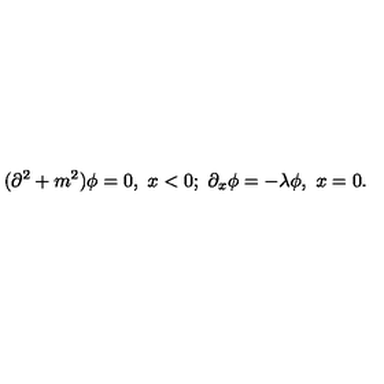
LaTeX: ( \partial ^ { 2 } + m ^ { 2 } ) \phi = 0 , \ x < 0 ; \ \partial _ { x } \phi = - \lambda \phi , \ x = 0 .